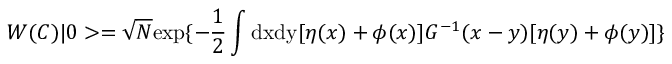
W ( C ) | 0 > = \sqrt N \mathrm { e x p } \{ - \frac { 1 } { 2 } \int \mathrm { d x d y } [ \eta ( x ) + \phi ( x ) ] G ^ { - 1 } ( x - y ) [ \eta ( y ) + \phi ( y ) ] \}